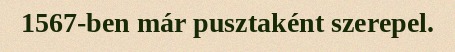
1567-ben már pusztaként szerepel.